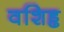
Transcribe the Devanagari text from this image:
वशिड्ढ